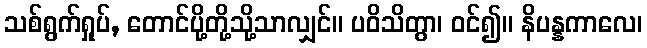
သစ်ရွက်ရှုပ်, တောင်ပို့တို့သို့သာလျှင်။ ပဝိသိတွာ၊ ဝင်၍။ နိပန္နကာလေ၊